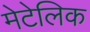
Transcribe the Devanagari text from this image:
मेटेलिक